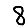
Digit: 8